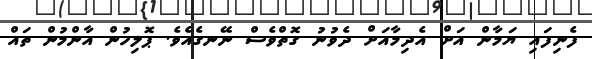
ފެނިފައި ޔަމާން އަށް އެދިމާއަށް ދެވުނު ގޮތްވެސް ނޭނގެއެވެ. ޕޮލިހުން އާންމުން ތައް